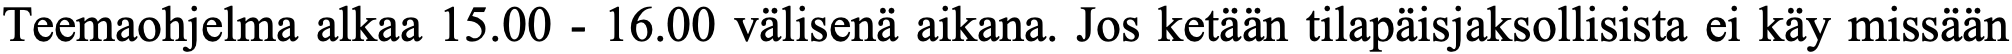
Teemaohjelma alkaa 15.00 - 16.00 välisenä aikana. Jos ketään tilapäisjaksollisista ei käy missään